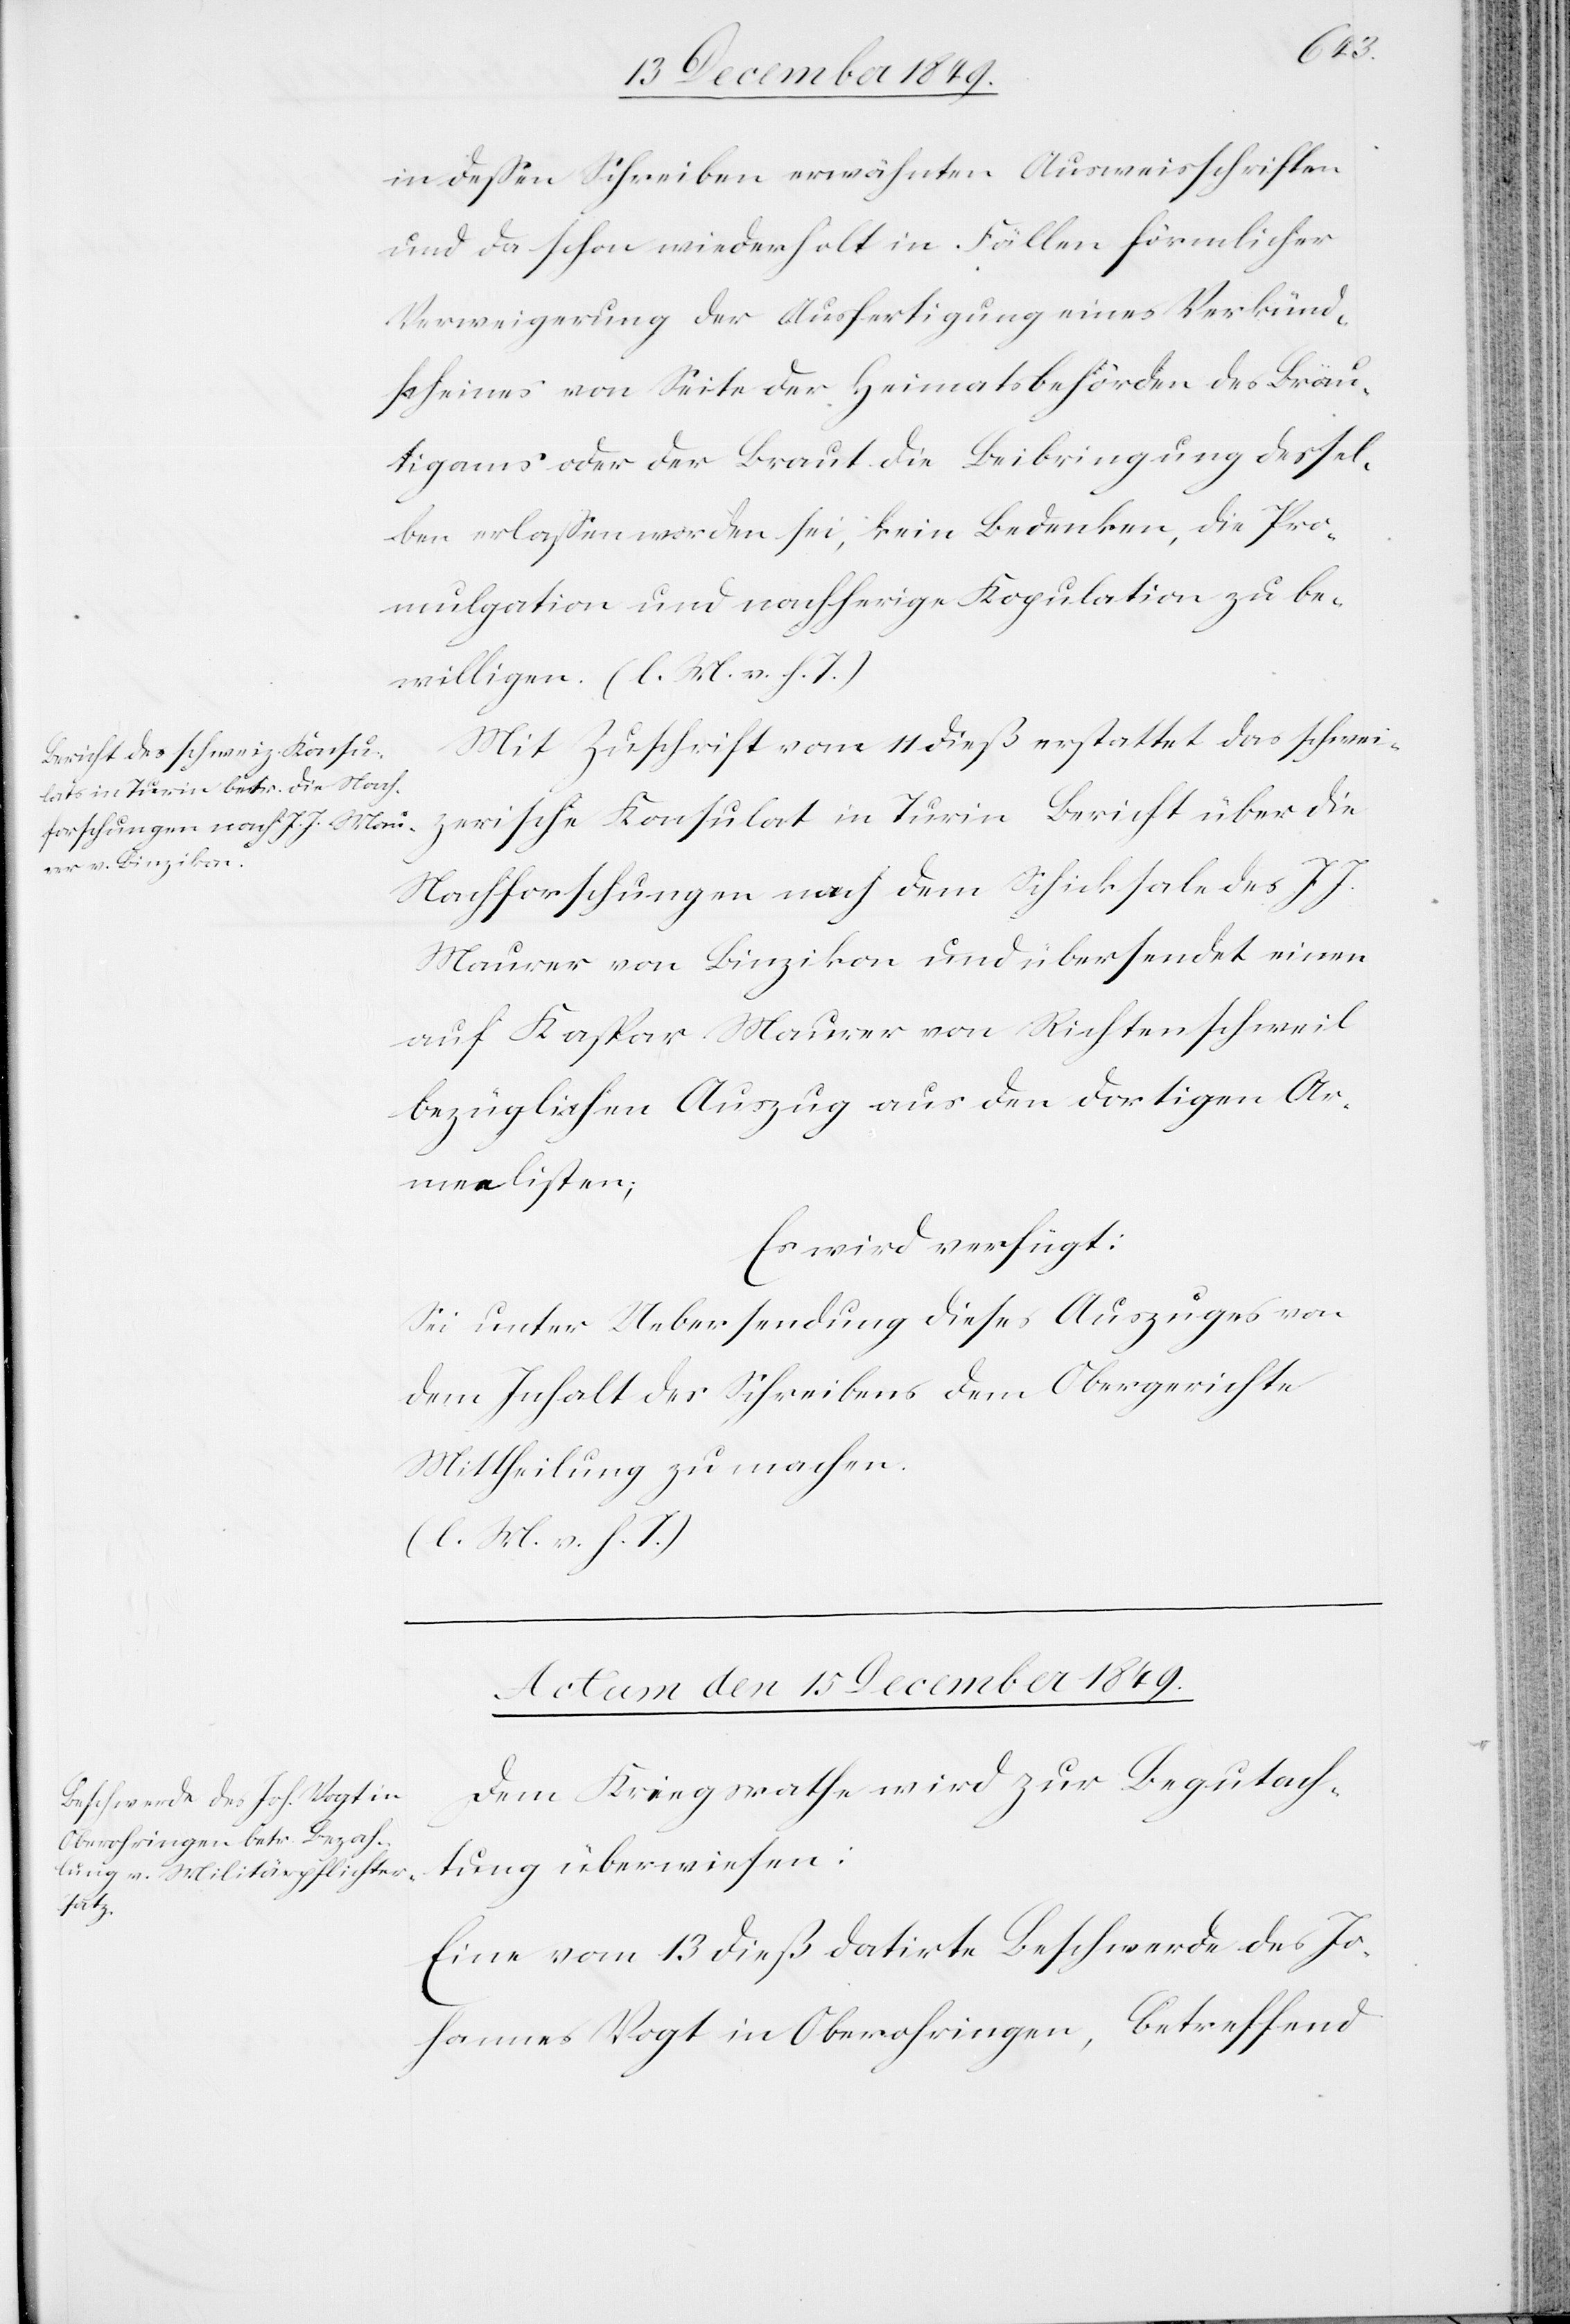
in deßen Schreiben erwähnten Ausweisschriften
und da schon wiederholt in Fällen förmlicher
Verweigerung der Ausfertigung eines Verkünd¬
scheines von Seite der Heimatsbehörden des Bräu¬
tigams oder der Braut die Beibringung dessel¬
ben erlaßen worden sei, kein Bedenken, die Pro¬
mulgation und nachherige Kopulation zu be¬
willigen. [l. M. v. h. T]
Mit Zuschrift vom 11 dieß erstattet das schwei¬
zerische Konsulat in Turin Bericht über die
Nachforschungen nach dem Schicksale des J. J.
Maurer von Binzikon und übersendet einen
auf Kaspar Maurer von Richtenschweil
bezüglichen Auszug aus den dortigen Ar¬
menlisten;
Es wird verfügt:
Sei unter Uebersendung dieses Auszugs von
dem Inhalt des Schreibens dem Obergerichte
Mittheilung zu machen.
[l. M. v. h. T]
Actum, den 15 December 1849.
Dem Kriegsrathe wird zur Begutach¬
tung überwiesen:
Eine vom 13 dieß datirte Beschwerde des Jo¬
hannes Vogt in Oberohringen, betreffend